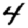
Digit: 4